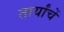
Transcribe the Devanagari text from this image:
तार्यांचें